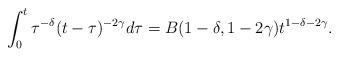
LaTeX: \begin{align*}\int_0^t \tau^{-\delta}(t-\tau)^{-2\gamma} d\tau =B(1-\delta,1-2\gamma) t^{1-\delta-2\gamma}.\end{align*}